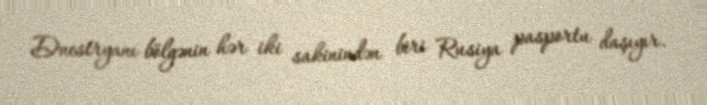
Dnestryanı bölgənin hər iki sakinindən biri Rusiya pasportu daşıyır.